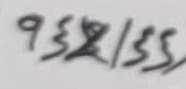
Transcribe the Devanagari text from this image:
९३६२/१३३,